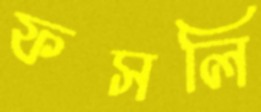
ফসলি